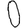
Digit: 0